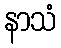
နာသံ